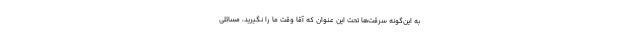
به این‌گونه سرقت‌ها تحت این عنوان که آقا وقت ما را نگیرید، مسائلی